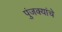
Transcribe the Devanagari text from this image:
पुंजक्यांचे